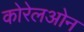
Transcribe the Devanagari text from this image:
कोरेलओन